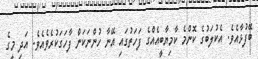
ބޭފުޅާއެވެ. އެކުލަބުގެ ކޮންމެ ކާމިޔާބީއެއްގެ ފަހަތުގައި އޭނާ ހުންނަކަން ފާހަގަކުރެވެއެވެ. އަދި މީގެ